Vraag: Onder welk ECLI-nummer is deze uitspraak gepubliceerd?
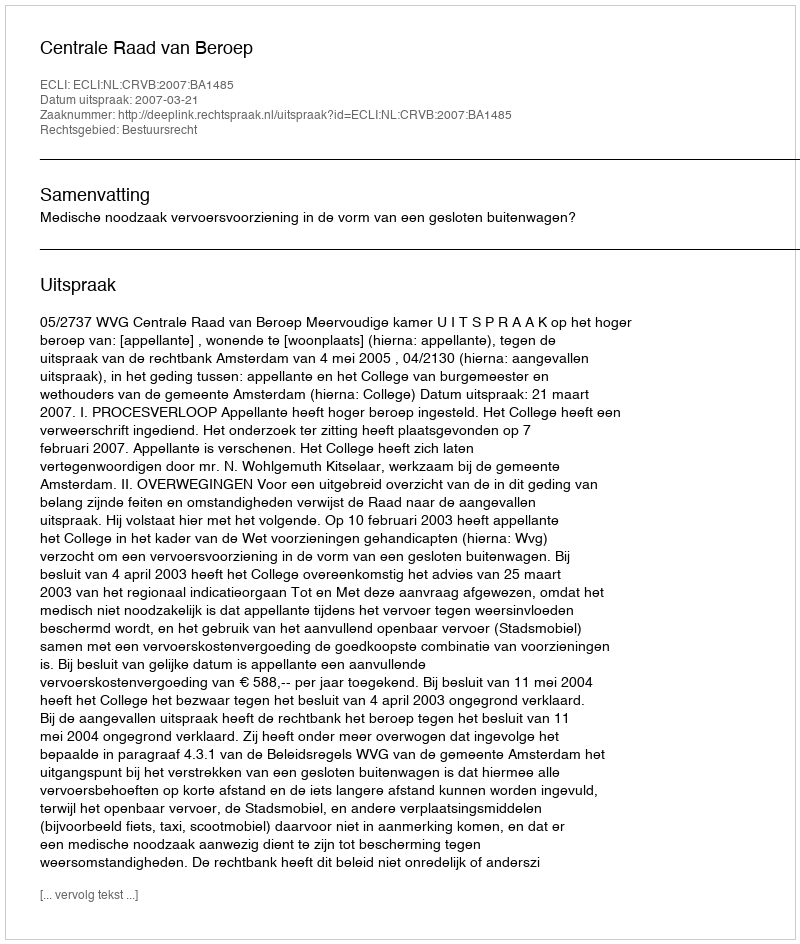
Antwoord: ECLI:NL:CRVB:2007:BA1485